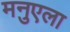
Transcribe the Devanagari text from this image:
मनुएला